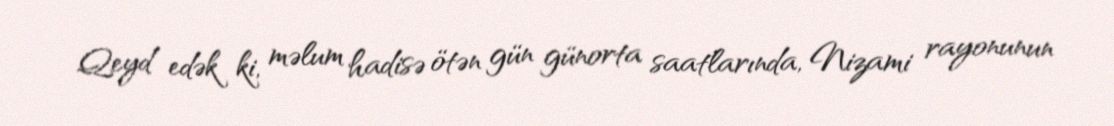
Qeyd edək ki, məlum hadisə ötən gün günorta saatlarında, Nizami rayonunun